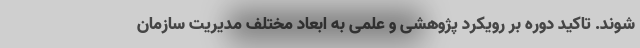
شوند. تاکید دوره بر رویکرد پژوهشی و علمی به ابعاد مختلف مدیریت سازمان